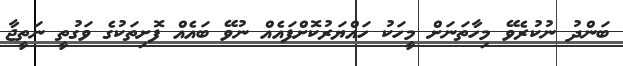
ބަންދު ނުކުރެވޭ މިހާތަނަށް މީހަކު ހައްޔަރުކޮށްފައެއް ނުވޭ ބައެއް ފޮށިތަކުގެ ވަގުތީ ނަތީޖާ